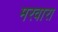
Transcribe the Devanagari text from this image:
मरवारा